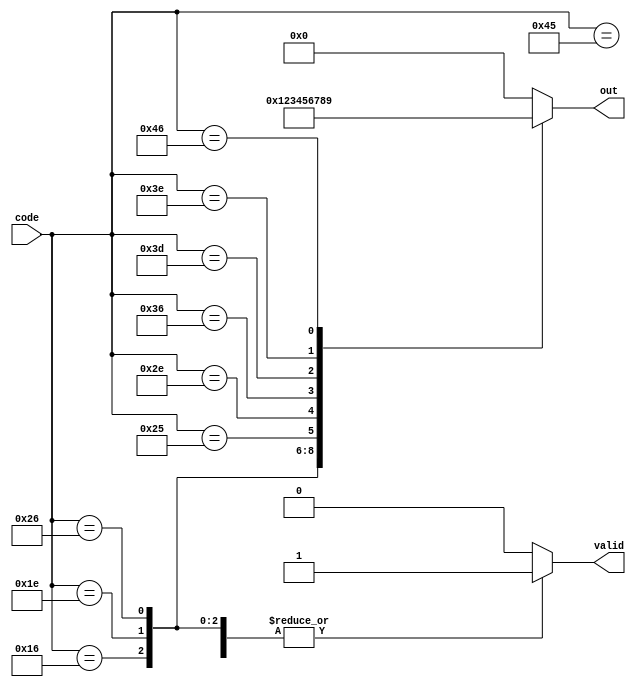
module top_module (
    input [7:0] code,
    output reg [3:0] out,
    output reg valid );//

    always @(*) begin
        valid = 1'b1;
        case (code)
            8'h45: out = 4'd0;
            8'h16: out = 4'd1;
            8'h1e: out = 4'd2;
            8'h26: out = 4'd3;
            8'h25: out = 4'd4;
            8'h2e: out = 4'd5;
            8'h36: out = 4'd6;
            8'h3d: out = 4'd7;
            8'h3e: out = 4'd8;
            8'h46: out = 4'd9;
            default: begin 
            	valid = 1'b0;
                out = 4'b0;
            end
        endcase
        
    end

endmodule